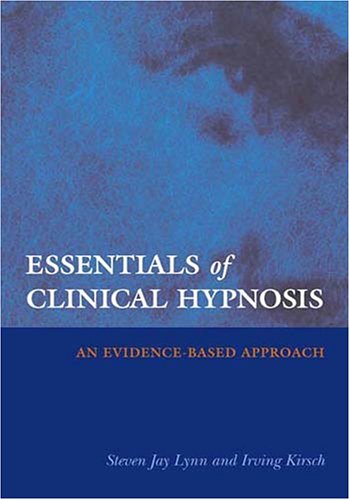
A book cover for Essentials of Clinical Hypnosis: An Evidence-Based Approach (Dissociation, Trauma, Memory, and Hypnosis Book Series); Steven J. Lynn; Health, Fitness & Dieting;